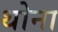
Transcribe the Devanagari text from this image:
थोना